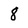
Character: 8